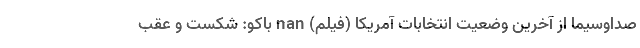
صداوسیما از آخرین وضعیت انتخابات آمريکا (فیلم) nan باکو: شکست و عقب